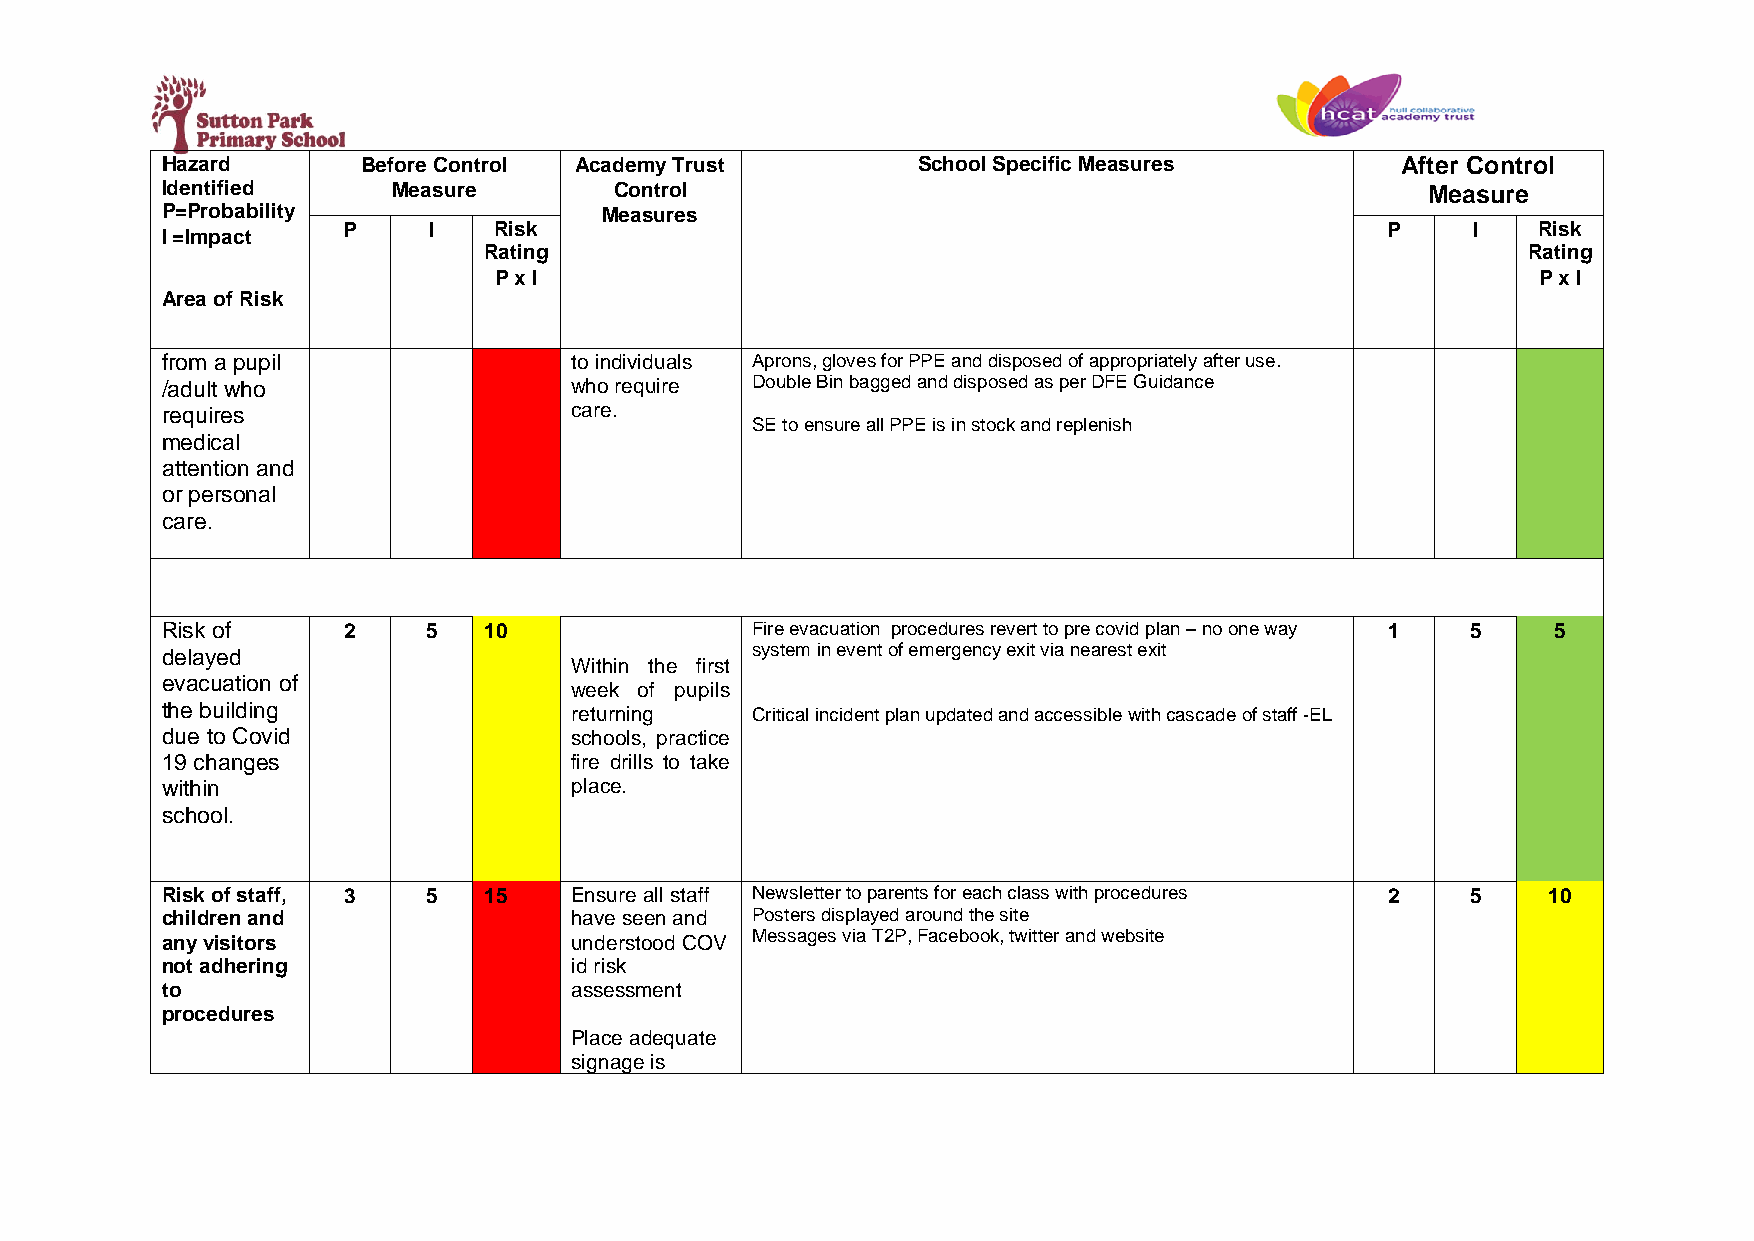
Hazard       Before Control Academy Trust         School Specific Measures        After Control
 Identified     Measure        Control                                               Measure
 P=Probability                Measures
 P    I    Risk                                                       P    I    Risk
 I =Impact
 Rating                                                               Rating
 P x I                                                                P x I
 Area of Risk
 from a pupil               to individuals Aprons, gloves for PPE and disposed of appropriately after use.
 /adult who                 who require Double Bin bagged and disposed as per DFE Guidance
 requires                   care.
 SE to ensure all PPE is in stock and replenish
 medical
 attention and
 or personal
 care.
 Risk of     2    5   10                Fire evacuation procedures revert to pre covid plan – no one way 1 5 5
 delayed                                system in event of emergency exit via nearest exit
 Within the first
 evacuation of
 week of pupils
 the building               returning   Critical incident plan updated and accessible with cascade of staff -EL
 due to Covid               schools, practice
 19 changes                 fire drills to take
 within                     place.
 school.
 Risk of staff, 3 5   15    Ensure all staff Newsletter to parents for each class with procedures 2 5 10
 children and               have seen and Posters displayed around the site
 any visitors               understood COV Messages via T2P, Facebook, twitter and website
 not adhering               id risk
 to                         assessment
 procedures
 Place adequate
 signage is